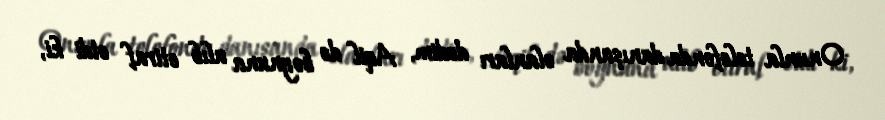
Onunla telefonda danışanda olanları dedim, Aqil də boynuna alıb etiraf etdi ki,